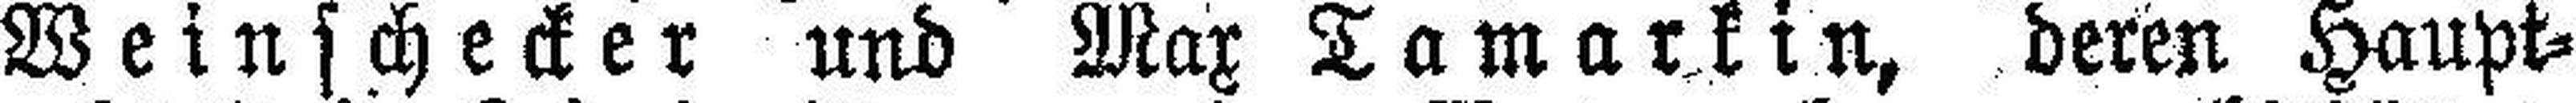
Weinschecker und Max Tamarkin, deren Haupt¬